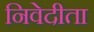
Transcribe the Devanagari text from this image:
निवेदीता